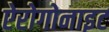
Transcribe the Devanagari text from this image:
ऐरोगोनाइट